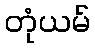
တုံယမ်